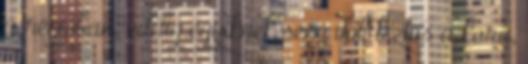
a régióban, eddig egyiknek sem volt biztos a kora,